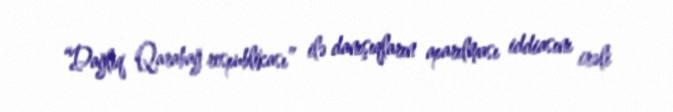
“Dağlıq Qarabağ respublikası” ilə danışıqların aparılması iddiasını irəli